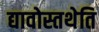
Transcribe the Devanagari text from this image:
द्यावोस्तथेति